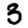
Digit: 3